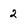
Character: 2